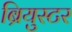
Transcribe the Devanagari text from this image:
ब्रियुस्टर